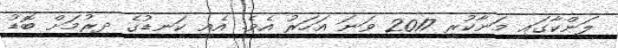
ލަންކާގައި މަނާކުރީ 2017 ވަނަ އަހަރު އެވެ. އެއީ ކަނޑުގެ ދިރުމަށް ބޮޑު